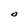
Character: O